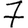
Digit: 7